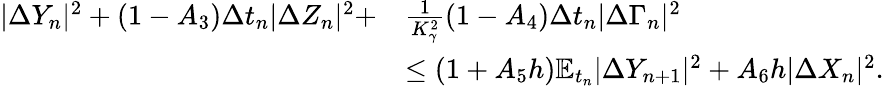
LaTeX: \begin{array}{rl}{|\Delta Y_{n}|^{2}+(1-A_{3})\Delta t_{n}|\Delta Z_{n}|^{2}+}&{\frac{1}{K_{\gamma}^{2}}(1-A_{4})\Delta t_{n}|\Delta\Gamma_{n}|^{2}}\\ &{\leq(1+A_{5}h)\mathbb{E}_{t_{n}}{|\Delta Y_{n+1}|^{2}}+A_{6}h|\Delta X_{n}|^{2}.}\end{array}